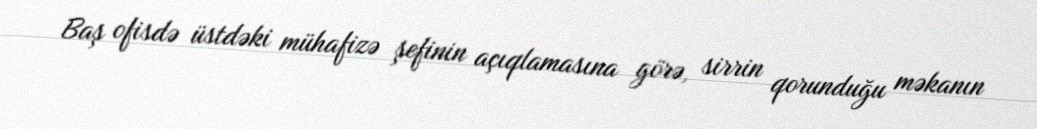
Baş ofisdə üstdəki mühafizə şefinin açıqlamasına görə, sirrin qorunduğu məkanın